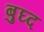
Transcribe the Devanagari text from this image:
बुघ्‍द